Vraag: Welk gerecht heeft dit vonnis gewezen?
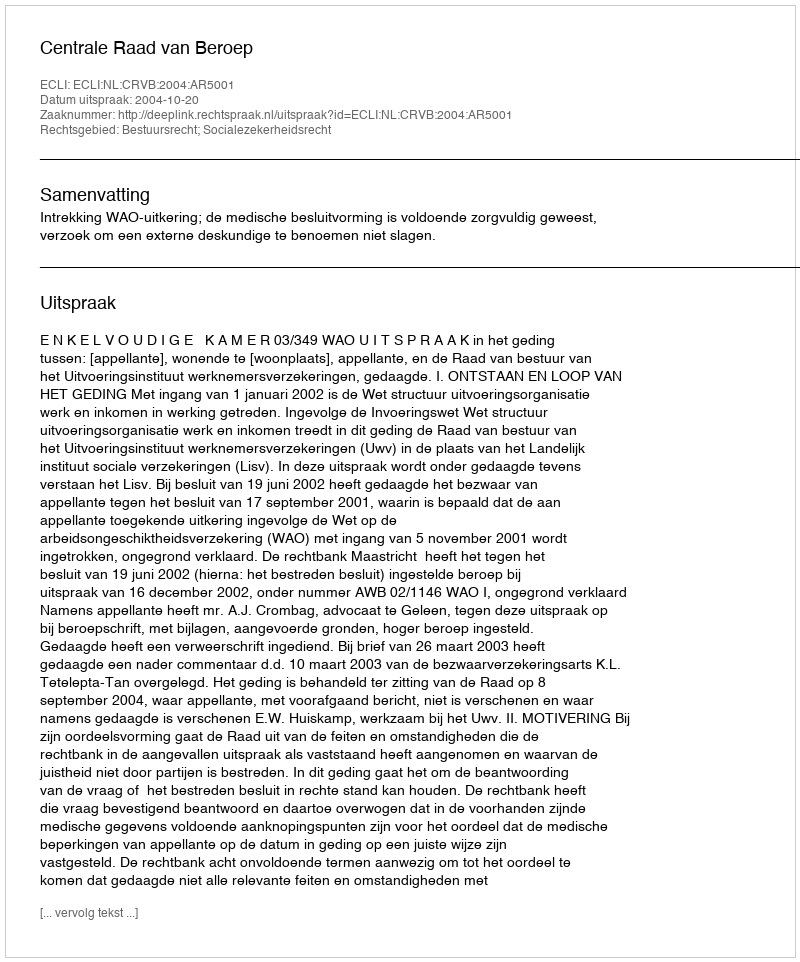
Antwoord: Centrale Raad van Beroep